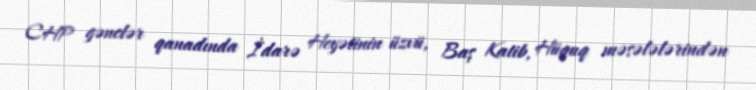
CHP gənclər qanadında İdarə Heyətinin üzvü, Baş Katib, Hüquq məsələlərindən